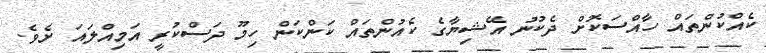
ކެއްކުންތައް ހާއްސަކޮށް ދެކުނު އޭޝިޔާގެ ކެއުންތައް ކަންކަން ހިމޫ ދަސްކުރީ އަމިއްލައަ ށެވެ.